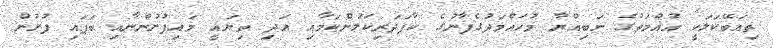
ތިއަބޭކަލަކީ އުއްމަތުގެ ނަބިއްޔާ މުހައްމަދުގެފާނުގެ ކާފަދަރިކަލުންކަމާއި އަދި ތިޔައީ މައިފުށުންނާއި ބަފައި ފުށުން